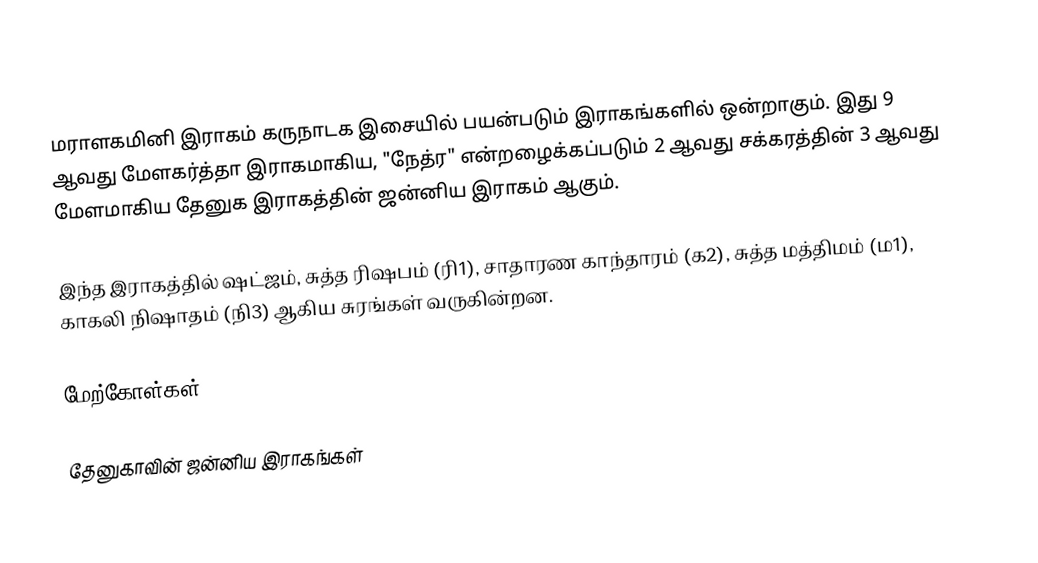
மராளகமினி இராகம் கருநாடக இசையில் பயன்படும் இராகங்களில் ஒன்றாகும். இது 9 ஆவது மேளகர்த்தா இராகமாகிய, "நேத்ர" என்றழைக்கப்படும் 2 ஆவது சக்கரத்தின் 3 ஆவது மேளமாகிய தேனுக இராகத்தின் ஜன்னிய இராகம் ஆகும்.

இந்த இராகத்தில் ஷட்ஜம், சுத்த ரிஷபம் (ரி1), சாதாரண காந்தாரம் (க2), சுத்த மத்திமம் (ம1), காகலி நிஷாதம் (நி3) ஆகிய சுரங்கள் வருகின்றன.

மேற்கோள்கள்

தேனுகாவின் ஜன்னிய இராகங்கள்